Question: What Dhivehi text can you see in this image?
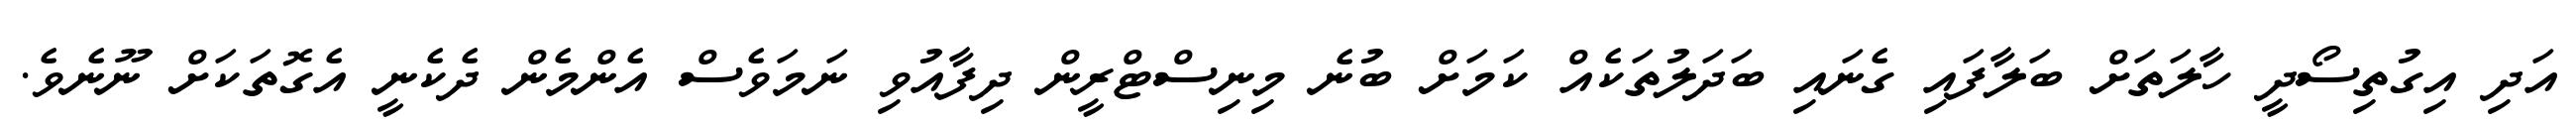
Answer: އަދި އިގުތިސޯދީ ހާލަތަށް ބަލާފައި ގެނައި ބަދަލުތަކެއް ކަމަށް ބުނެ މިނިސްޓްރީން ދިފާއުވި ނަމަވެސް އެންމެން ދެކެނީ އެގޮތަކަށް ނޫނެވެ.